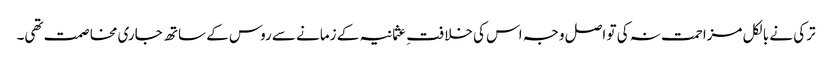
ترکی نے بالکل مزاحمت نہ کی تو اصل وجہ اس کی خلافتِ عثمانیہ کے زمانے سے روس کے ساتھ جاری مخاصمت تھی۔